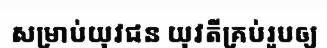
សម្រាប់យុវជន យុវតីគ្រប់រូបឲ្យ